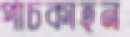
পাচকাহন